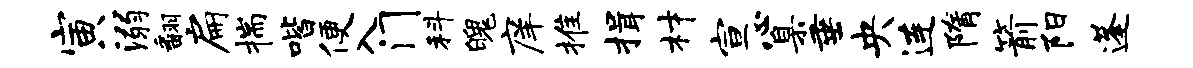
寅溺翻扁揣喈便入门科魄庠推揖材宣心臬垂央连隋箭阳蓬